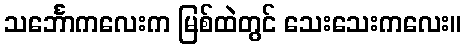
သင်္ဘောကလေးက မြစ်ထဲတွင် သေးသေးကလေး။